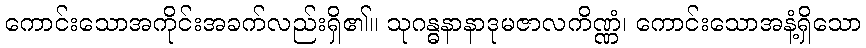
ကောင်းသောအကိုင်းအခက်လည်းရှိ၏။ သုဂန္ဓနာနာဒုမဇာလကိဏ္ဏံ၊ ကောင်းသောအနံ့ရှိသော